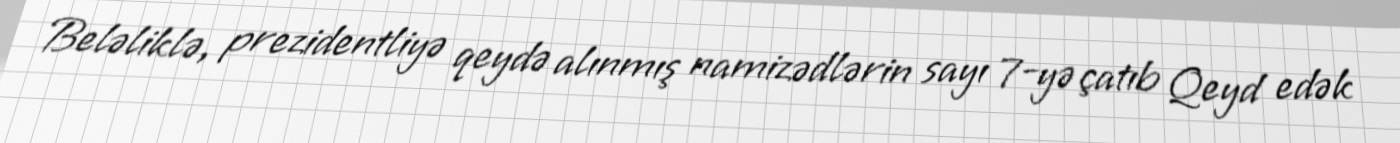
Beləliklə, prezidentliyə qeydə alınmış namizədlərin sayı 7-yə çatıb Qeyd edək